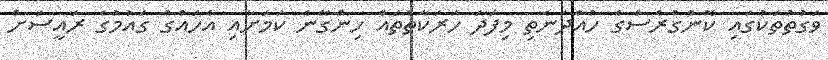
ވަގުތުތަކުގައި ކޮންގްރެސްގެ ހުއްދަނެތި މިފަދަ ހަރަކާތްތައް ހިންގޭނެ ކަމަށާއި އެހައްގު ގައުމުގެ ރައީސަށް